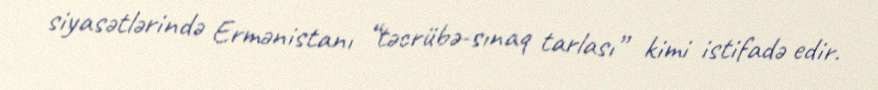
siyasətlərində Ermənistanı “təcrübə-sınaq tarlası” kimi istifadə edir.